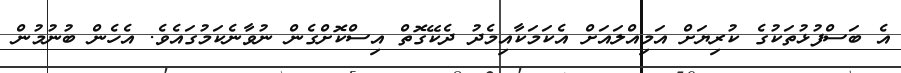
އެ ބަސްފުޅުތަކުގެ ކުރިޔަށް އަމިއްލައަށް އެކަމަކާއިމެދު ދެކޭގޮތް އިސްކޮށްގެން ނުވާނެކަމުގައެވެ. އެހެން ބުނުމުން